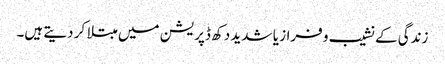
زندگی کے نشیب و فراز یا شدید دکھ ڈپریشن میں مبتلا کر دیتے ہیں۔